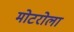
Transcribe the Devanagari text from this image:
मोटरोला